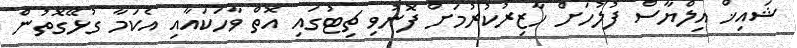
ޝައިޚް އިލްޔާސް ފުލުހަށް ހާޒިރުކުރުމަށް ފޮނުވި ޗިޓުގައި އޮތް ވާހަކައާއި އެކަމާ ގުޅޭގޮތުން